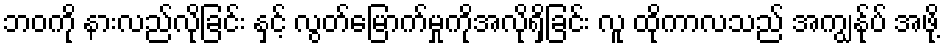
ဘဝကို နားလည်လိုခြင်း နှင့် လွတ်မြောက်မှုကိုအလိုရှိခြင်း လူ ထိုကာလသည် အကျွန်ုပ် အဖို့